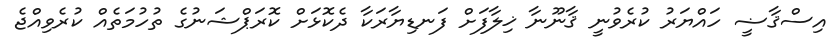
އިސްޤާޟީ ހައްޔަރު ކުރެވުނީ ޤާނޫނާ ޚިލާފަށް ފަނޑިޔާރަކާ ދެކޮޅަށް ކޮރަޕްޝަނުގެ ތުހުމަތެއް ކުރެވިއްޖެ